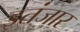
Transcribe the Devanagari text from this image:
इतंजार